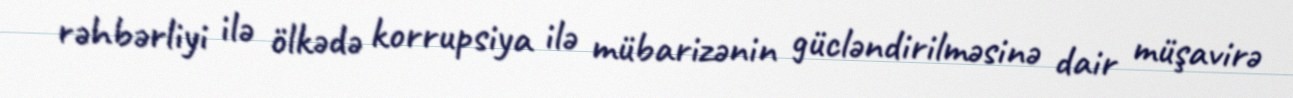
rəhbərliyi ilə ölkədə korrupsiya ilə mübarizənin gücləndirilməsinə dair müşavirə